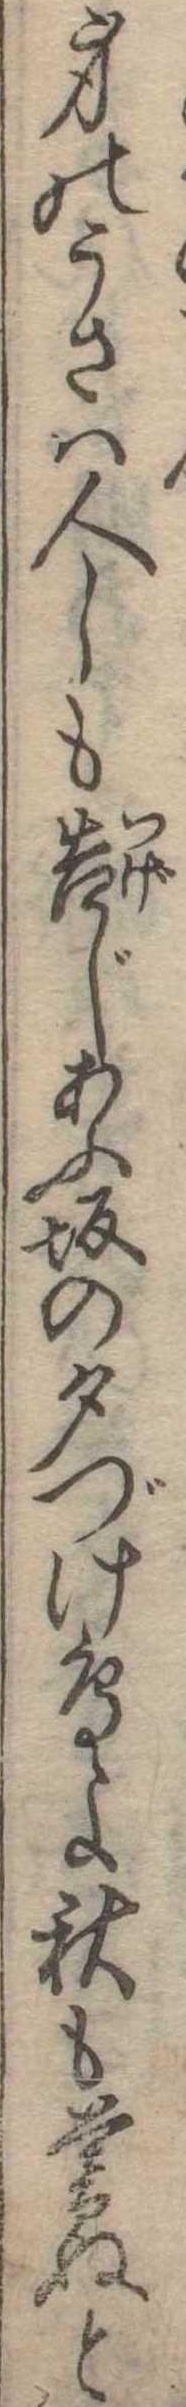
身のうさは人しも告じあふ坂の夕づけ鳥よ秋も暮ぬと